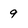
Character: 9